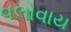
વલોવાય